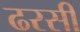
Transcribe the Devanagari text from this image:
ढरसी